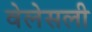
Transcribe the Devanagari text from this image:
वेलेसली